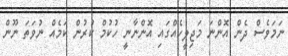
ނަމަވެސް ދެން އޮންނަ މަޖިލީހެއްގައި އޮންނާނީ ހުކުމް ކުރުން ކަމެއް ނުވަތަ ނޫން